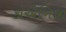
કોએનિજી